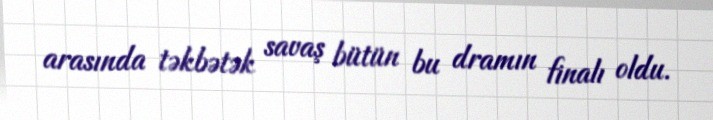
arasında təkbətək savaş bütün bu dramın finalı oldu.